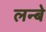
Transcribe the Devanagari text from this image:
लन्बे